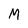
Character: M